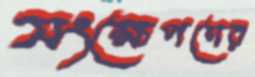
সংক্ষেপণের